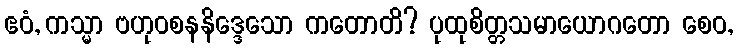
ဧဝံ, ကသ္မာ ဗဟုဝစနနိဒ္ဒေသော ကတောတိ? ပုထုစိတ္တသမာယောဂတော စေဝ,